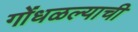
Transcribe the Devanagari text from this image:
गोंधळल्याची